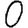
Digit: 0